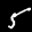
Label: 5